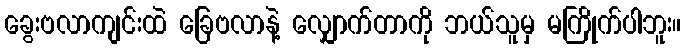
ခွေးဗလာကျင်းထဲ ခြေဗလာနဲ့ လျှောက်တာကို ဘယ်သူမှ မကြိုက်ပါဘူး။